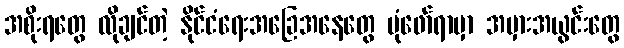
အစိုးရတွေ လိုချင်တဲ့ နိုင်ငံရေးအခြေအနေတွေ ပုံဖော်ရာမှာ အမှားအယွင်းတွေ